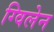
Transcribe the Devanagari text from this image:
ग्विलेन